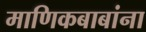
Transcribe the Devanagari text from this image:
माणिकबाबांना